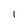
Character: I